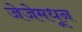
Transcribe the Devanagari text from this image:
जेजेमधून